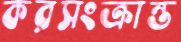
করসংক্রান্ত